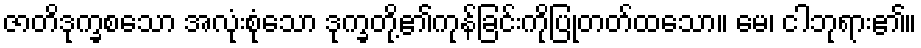
ဇာတိဒုက္ခစသော အလုံးစုံသော ဒုက္ခတို့၏ကုန်ခြင်းကိုပြုတတ်ထသော။ မေ၊ ငါဘုရား၏။